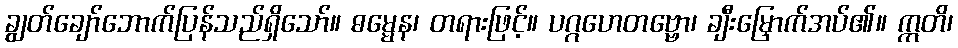
ချွတ်ချော်ဘောက်ပြန်သည်ရှိသော်။ ဓမ္မေန၊ တရားဖြင့်။ ပဂ္ဂဟေတဗ္ဗော၊ ချီးမြှောက်အပ်၏။ ဣတိ၊